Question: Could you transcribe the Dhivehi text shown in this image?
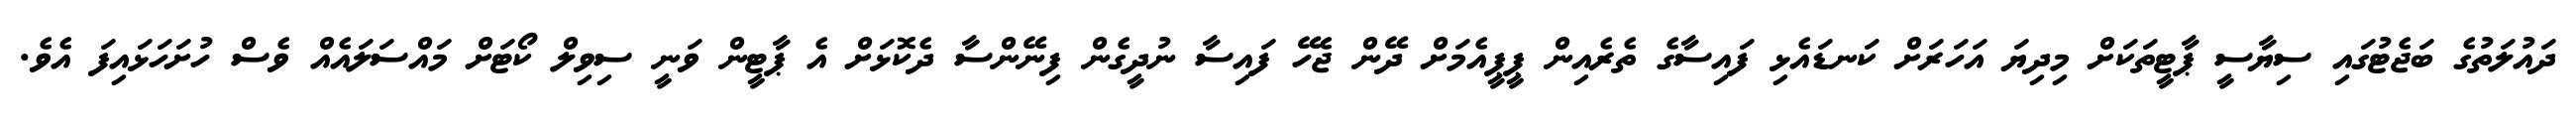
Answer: ދައުލަތުގެ ބަޖެޓުގައި ސިޔާސީ ޕާޓީތަކަށް މިދިޔަ އަހަރަށް ކަނޑައެޅި ފައިސާގެ ތެރެއިން ޕީޕީއެމަށް ދޭން ޖެހޭ ފައިސާ ނުދީގެން ފިނޭންސާ ދެކޮޅަށް އެ ޕާޓީން ވަނީ ސިވިލް ކޯޓަށް މައްސަލައެއް ވެސް ހުށަހަޅައިފަ އެވެ.